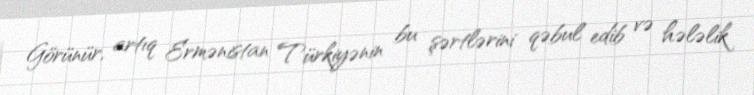
Görünür, artıq Ermənistan Türkiyənin bu şərtlərini qəbul edib və hələlik